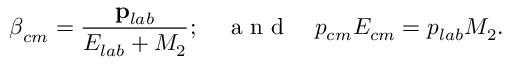
\boldsymbol { \beta } _ { c m } = \frac { \mathbf { p } _ { l a b } } { E _ { l a b } + M _ { 2 } } ; \quad \mathrm { ~ a ~ n ~ d ~ } \quad p _ { c m } E _ { c m } = p _ { l a b } M _ { 2 } .